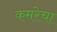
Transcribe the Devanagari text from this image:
कमरेचा